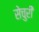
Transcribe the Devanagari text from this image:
सेचुरी